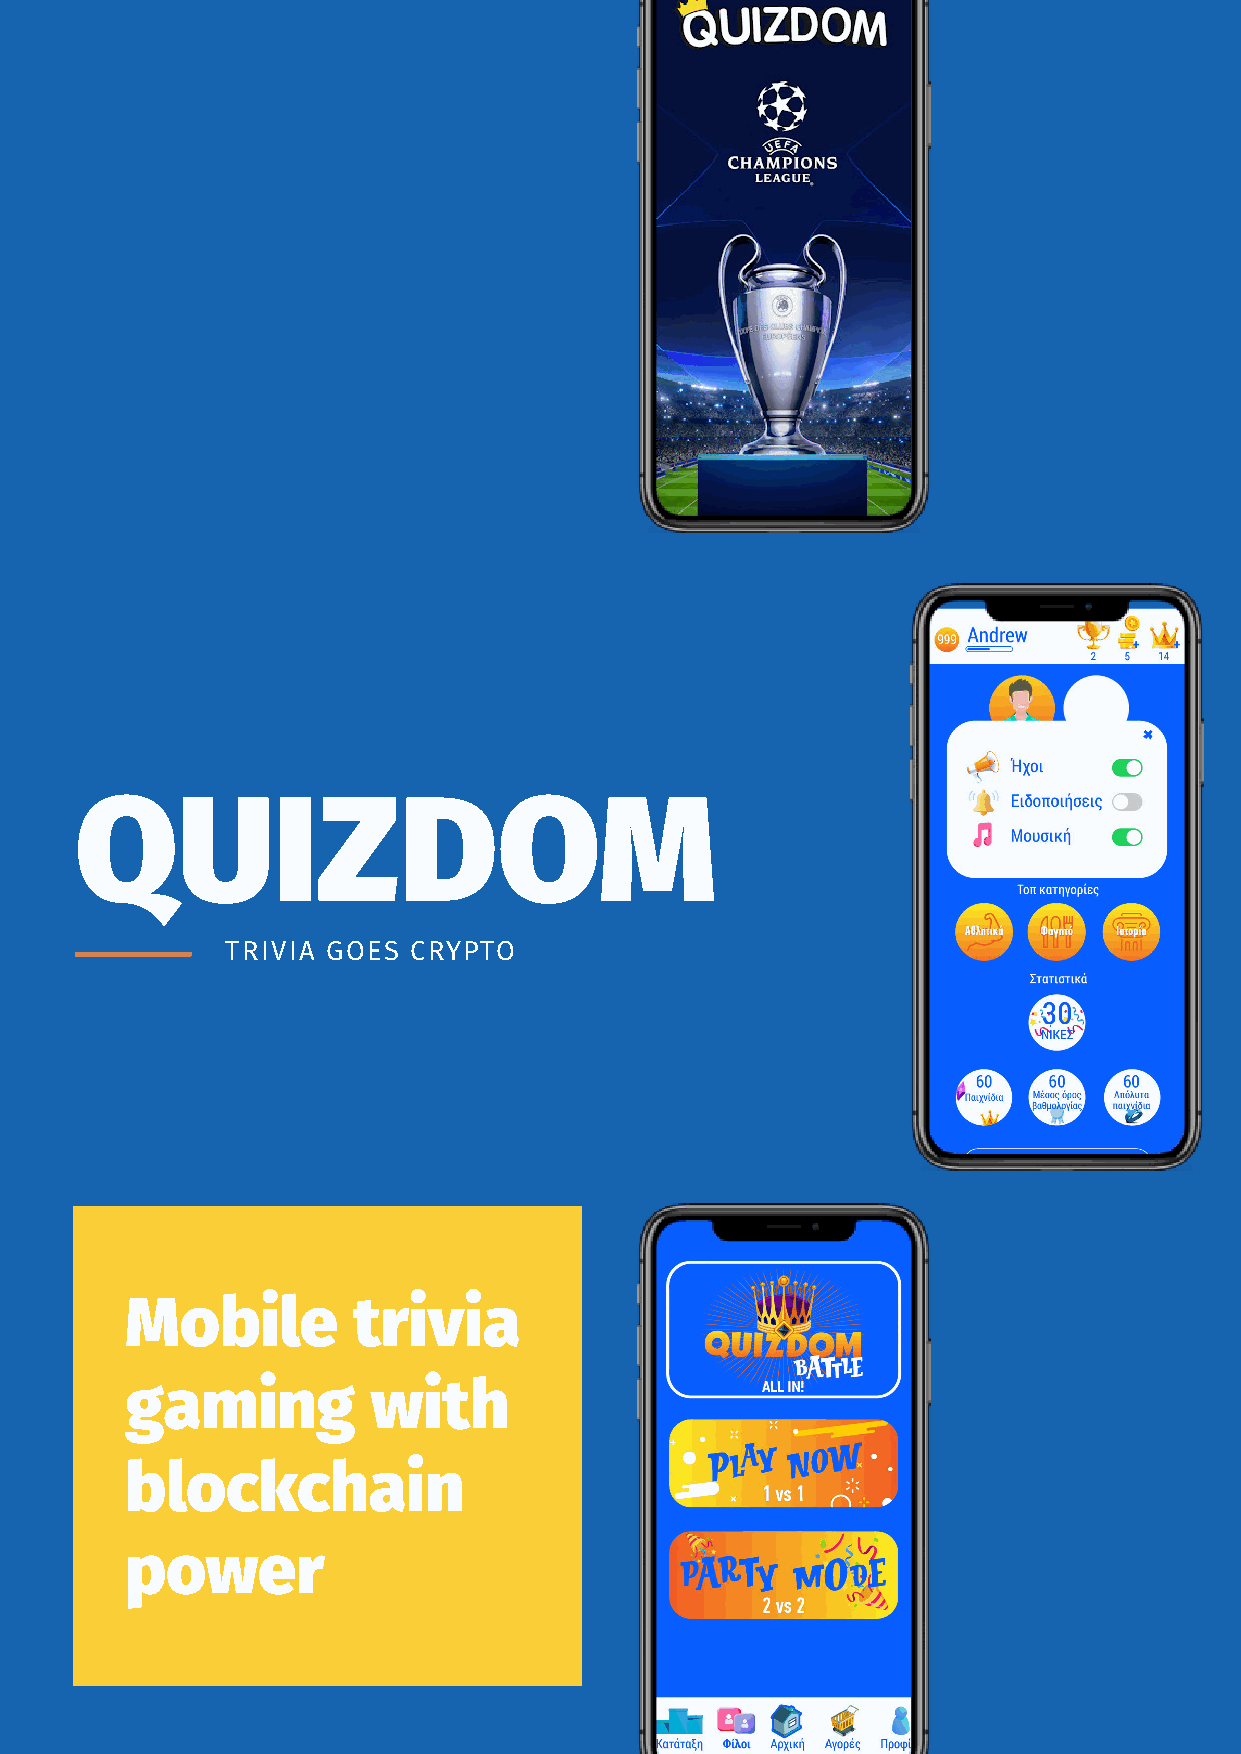
QUIZDOM
 TRIVIA GOES CRYPTO
 Mobile         trivia
 gaming           with
 blockchain
 power